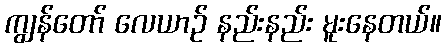
ကျွန်တော် လေယာဉ် နည်းနည်း မူးနေတယ်။